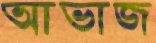
আভাজ